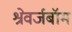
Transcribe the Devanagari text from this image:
श्रेवर्जबॉम